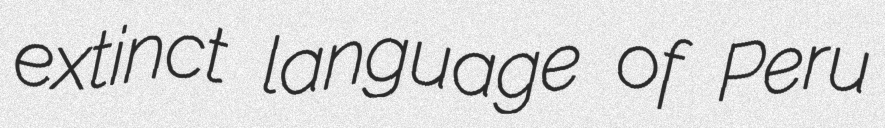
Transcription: extinct language of Peru